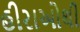
હીરાઓથી